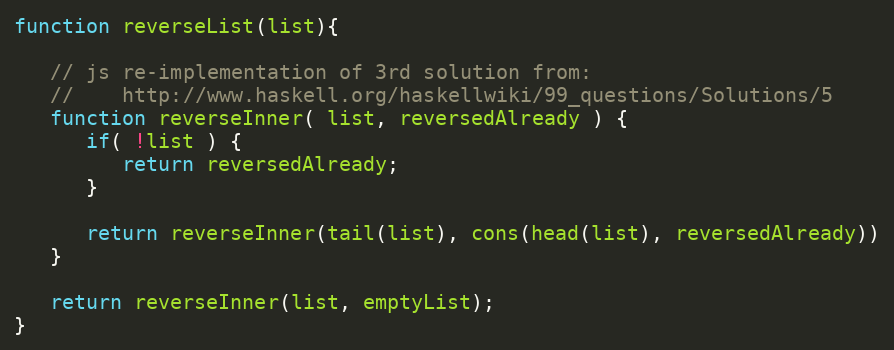
Language: JavaScript
function reverseList(list){

   // js re-implementation of 3rd solution from:
   //    http://www.haskell.org/haskellwiki/99_questions/Solutions/5
   function reverseInner( list, reversedAlready ) {
      if( !list ) {
         return reversedAlready;
      }

      return reverseInner(tail(list), cons(head(list), reversedAlready))
   }

   return reverseInner(list, emptyList);
}